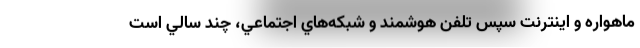
ماهواره و اينترنت سپس تلفن هوشمند و شبكه‌هاي اجتماعي، چند سالي است